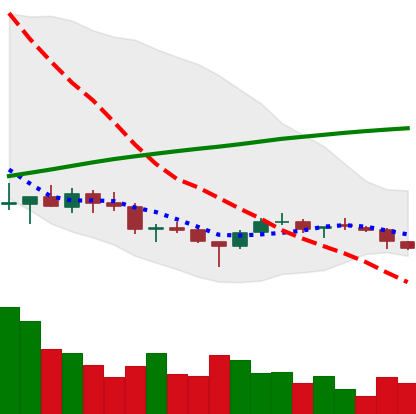
Ticker: DOGE-USD
Chart end date: 2018-03-27
Forward return: -13.545%
Label: down_7plus